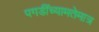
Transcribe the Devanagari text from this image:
पगडींच्यामतेमात्र